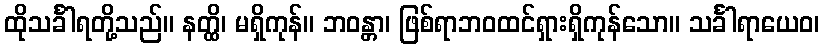
ထိုသင်္ခါရတို့သည်။ နတ္ထိ၊ မရှိကုန်။ ဘဝန္တာ၊ ဖြစ်ရာဘဝထင်ရှားရှိကုန်သော။ သင်္ခါရာယေဝ၊